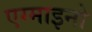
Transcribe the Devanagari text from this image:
एग्माइनो